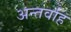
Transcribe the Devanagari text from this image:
अन्‍तर्वाह